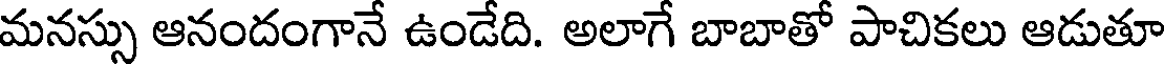
మనస్సు ఆనందంగానే ఉండేది. అలాగే బాబాతో పాచికలు ఆడుతూ